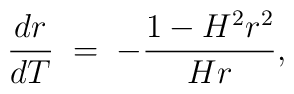
\frac{dr}{dT}\;=\;-\frac{1-H^2 r^2}{H r},